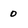
Character: 0